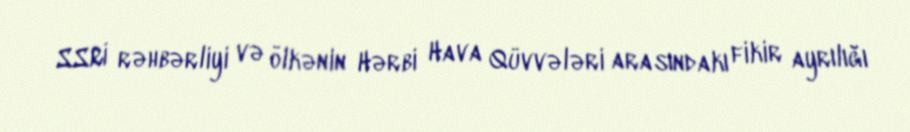
SSRİ rəhbərliyi və ölkənin Hərbi Hava Qüvvələri arasındakı fikir ayrılığı